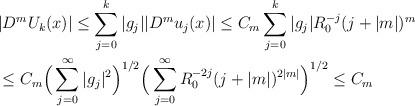
LaTeX: \begin{align*}&|D^m U_k(x)|\le \sum_{j=0}^k |g_j||D^m u_j(x)|\le C_m\sum_{j=0}^k|g_j|R_0^{-j}(j+|m|)^m\\&\le C_m \Big(\sum_{j=0}^\infty |g_j|^2\Big)^{1/2}\Big(\sum_{j=0}^\infty R_0^{-2j}(j+|m|)^{2|m|}\Big)^{1/2}\le C_m\end{align*}